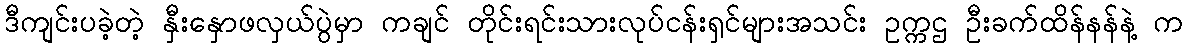
ဒီကျင်းပခဲ့တဲ့ နှီးနှောဖလှယ်ပွဲမှာ ကချင် တိုင်းရင်းသားလုပ်ငန်းရှင်များအသင်း ဥက္ကဌ ဦးခက်ထိန်နန်နဲ့ က